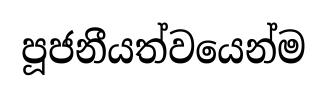
පූජනීයත්වයෙන්ම